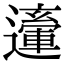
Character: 𨘙